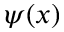
\psi ( x )